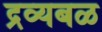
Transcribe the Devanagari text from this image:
द्रव्यबळ